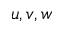
u , v , w